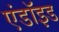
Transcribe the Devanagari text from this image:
एंडॉइड